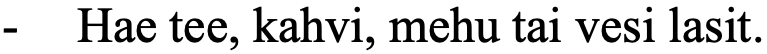
-  Hae tee, kahvi, mehu tai vesi lasit.